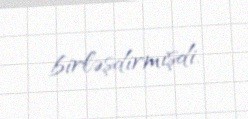
birləşdirmişdi.